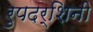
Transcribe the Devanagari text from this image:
रुपदर्शिनी